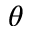
\theta